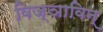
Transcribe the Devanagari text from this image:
विज्ञाविन्